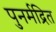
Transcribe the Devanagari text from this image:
पुनर्मद्रित